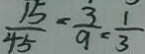
\frac { 1 5 } { 4 5 } = \frac { 3 } { 9 } = \frac { 1 } { 3 }